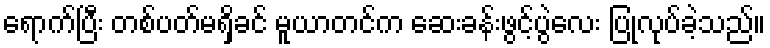
ရောက်ပြီး တစ်ပတ်မရှိခင် မူယာတင်က ဆေးခန်းဖွင့်ပွဲလေး ပြုလုပ်ခဲ့သည်။